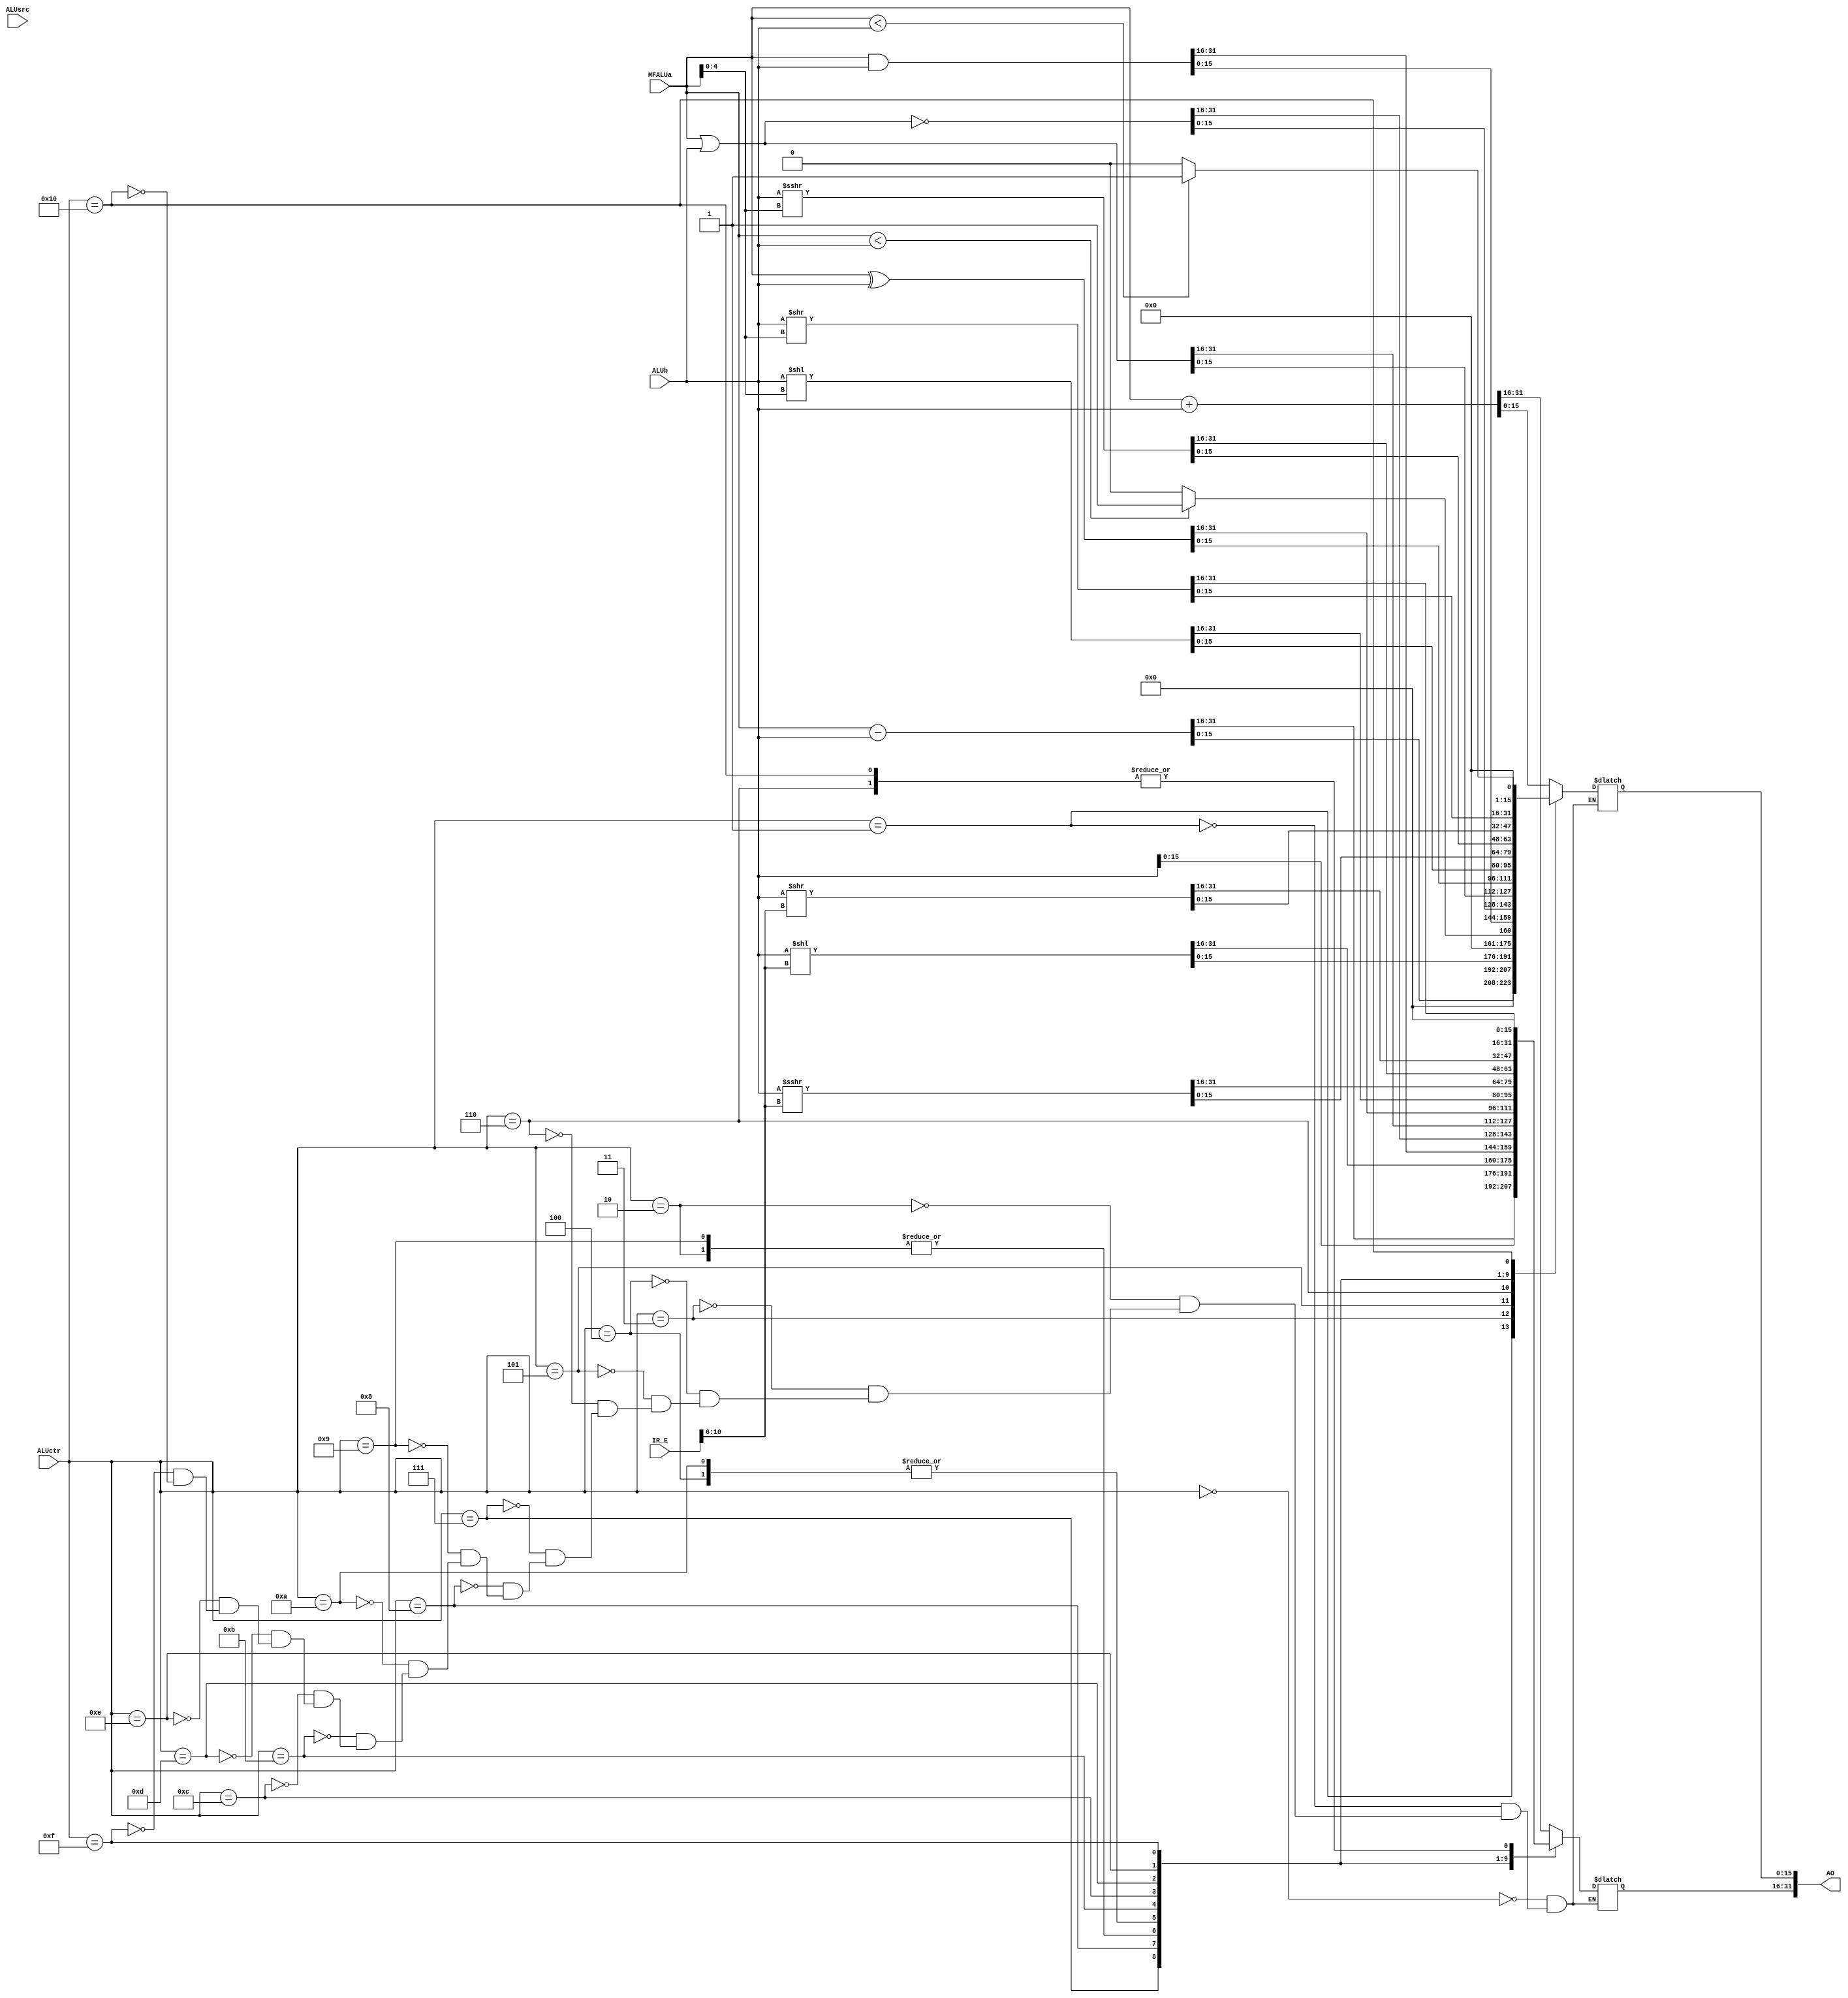
module ALU(
    input [31:0] IR_E,
    //input [31:0] E32_E,
    //input [31:0] RT_E,
	 input [31:0] MFALUa,
	 input [31:0] ALUb,
	 input [4:0] ALUctr,//
	 input ALUsrc,//
    output reg[31:0] AO
    );
	 reg [4:0] s;
    always @* begin
	   s = IR_E[10:6];
	   case(ALUctr) 
		   0: begin
			AO <= MFALUa + ALUb;
			end
			1: begin
			AO <= MFALUa - ALUb;
			end
			2: begin//ori
			AO <= MFALUa | ALUb;
			end
			3: begin//lui
			AO[31:16] <= ALUb[15:0];
			AO[15:0] <= 0;
			end
			4: begin//xori
			AO <= MFALUa ^ ALUb;
			end
			5: begin//sll
			AO <= ALUb << s;
			end
			6: begin//slt
			if($signed(MFALUa) < $signed(ALUb)) AO <= 1;
			else AO <= 0;
			end
			7: begin//and
			AO <= MFALUa & ALUb;
			end
			8: begin//nor
			AO <= ~(MFALUa | ALUb);
			end
			9: begin//or
			AO <= MFALUa | ALUb;
			end
			10: begin//xor
			AO <= MFALUa ^ ALUb;
			end
			11: begin//sllv
			s = MFALUa[4:0];
			AO <= ALUb << s;
			end
			12: begin//sra
			AO <= $signed (ALUb) >>> s;
			end
			13: begin//srav
			s = MFALUa[4:0];
			AO <= $signed (ALUb) >>> s;
			end
			14: begin//srl
			AO <= ALUb >> s;
			end
			15: begin//srlv
			s = MFALUa[4:0];
			AO <= ALUb >> s;
			end 
			16: begin//sltu
			if({0,$signed(MFALUa)} < {0,$signed(ALUb)}) AO <= 1;
			else AO <= 0;
			end
		endcase
	 end

endmodule